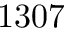
1 3 0 7